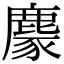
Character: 𪋁